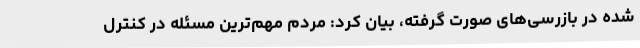
شده در بازرسی‌های صورت گرفته، بیان کرد: مردم مهم‌ترین مسئله در کنترل